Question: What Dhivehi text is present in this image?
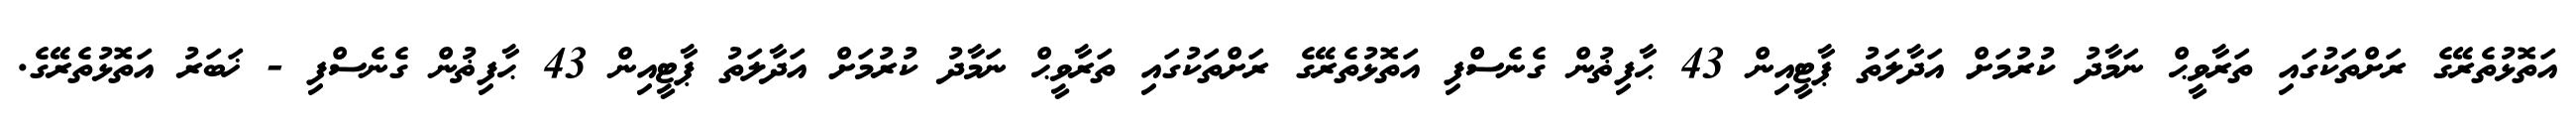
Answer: އަތޮޅުތެރޭގެ ރަށްތަކުގައި ތަރާވީޙް ނަމާދު ކުރުމަށް އަދާލަތު ޕާޓީއިން 43 ޙާފިޡުން ގެނެސްފި އަތޮޅުތެރޭގެ ރަށްތަކުގައި ތަރާވީޙް ނަމާދު ކުރުމަށް އަދާލަތު ޕާޓީއިން 43 ޙާފިޡުން ގެނެސްފި - ޚަބަރު އަތޮޅުތެރޭގެ.